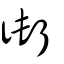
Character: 衘